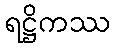
ရဋ္ဌိကဿ